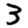
Digit: 3